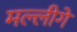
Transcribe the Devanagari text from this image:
मल्लीगे